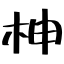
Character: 柛